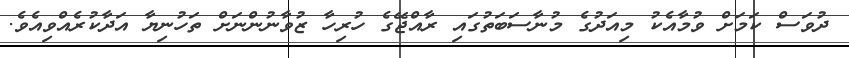
ދުވަސް ކަމަށް ވުމާއެކު މިއަދުގެ މުނާސަބަތުގައި ރާއްޖޭގެ ހުރިހާ ޒުވާނުންނަށް ތަހުނިޔާ އަދާކުރެއްވިއެވެ.